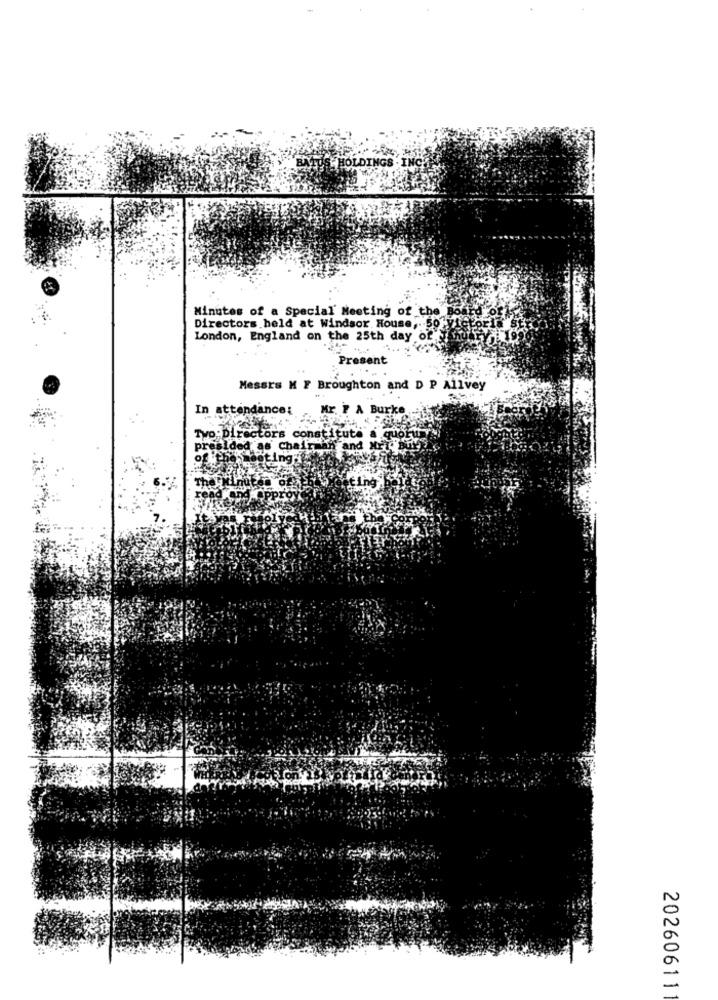
ENTUS HOLDINGS INCA
Minutes of a Special Meeting of the'
Directors held at Windsor House ,. 50%y
London, England on the 25th day of
Present
Messrs M F Broughton and D P Allvey
In attendance:
Burk
· Dire
Institute
TVO
quot
Cha
n and
ing:
ting
20260611